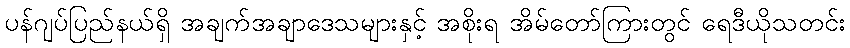
ပန်ဂျပ်ပြည်နယ်ရှိ အချက်အချာဒေသများနှင့် အစိုးရ အိမ်တော်ကြားတွင် ရေဒီယိုသတင်း